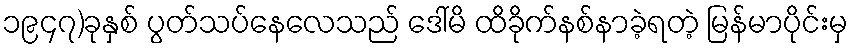
၁၉၄၇)ခုနှစ် ပွတ်သပ်နေလေသည် ဒေါ်မိ ထိခိုက်နစ်နာခဲ့ရတဲ့ မြန်မာပိုင်းမှ